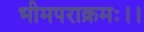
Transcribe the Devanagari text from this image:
भीमपराक्रमः।।